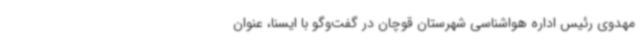
مهدوی رئیس اداره هواشناسی شهرستان قوچان در گفت‌وگو با ایسنا، عنوان